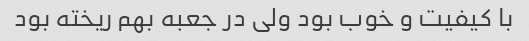
با کیفیت و خوب بود ولی در جعبه بهم ریخته بود